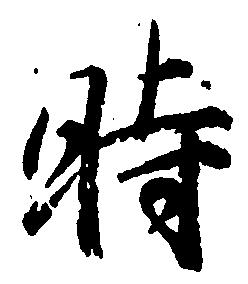
時